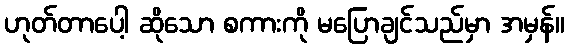
ဟုတ်တာပေါ့ ဆိုသော စကားကို မပြောချင်သည်မှာ အမှန်။